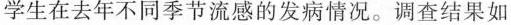
学生在去年不同季节流感的发病情况。调查结果如下表所示。